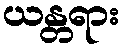
ယန္တရား